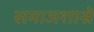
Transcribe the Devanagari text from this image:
समाजशास्रे